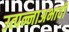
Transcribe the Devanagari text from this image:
उत्पन्नाअभावी